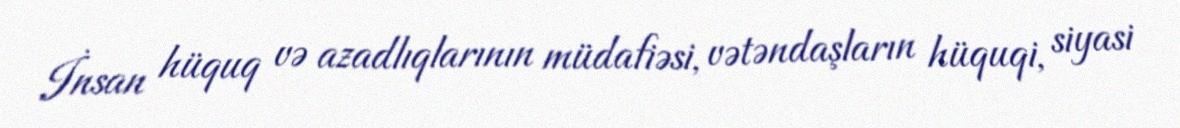
İnsan hüquq və azadlıqlarının müdafiəsi, vətəndaşların hüquqi, siyasi